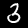
Digit: 3